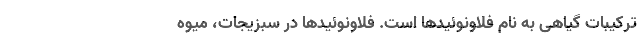
ترکیبات گیاهی به نام فلاونوئیدها است. فلاونوئیدها در سبزیجات، میوه